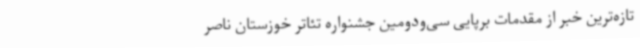
تازه‌ترین خبر از مقدمات برپایی سی‌ودومین جشنواره تئاتر خوزستان ناصر